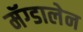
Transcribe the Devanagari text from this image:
मॅग्डालेन